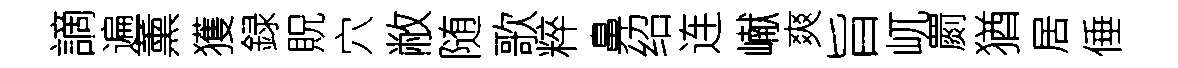
謫遍薰獲録貺穴敝随歌粹鼻绍连𪩘爽旨屼罽猶居倕